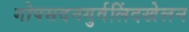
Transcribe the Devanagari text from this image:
गोपसदनगुर्वलिंदखेलन